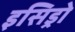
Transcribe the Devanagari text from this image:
इसिड्रो